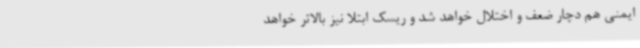
ایمنی هم دچار ضعف و اختلال خواهد شد و ریسک ابتلا نیز بالاتر خواهد